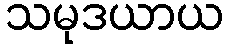
သမုဒယာယ